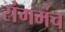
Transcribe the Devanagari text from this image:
रांगमंच